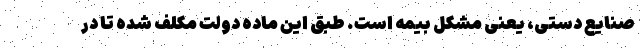
صنایع دستی، یعنی مشکل بیمه است. طبق این ماده دولت مکلف شده تا در